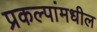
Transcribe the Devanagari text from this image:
प्रकल्पांमधील